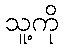
သူ့ကို